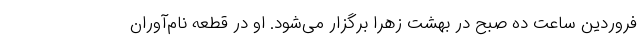
فروردین ساعت ده صبح در بهشت زهرا برگزار می‌شود. او در قطعه نام‌آوران